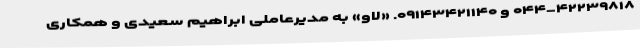
۰۴۴-۴۲۲۳۹۸۱۸ و ۰۹۱۴۳۴۲۱۱۴۰. «لاو» به مدیرعاملی ابراهیم سعیدی و همکاری